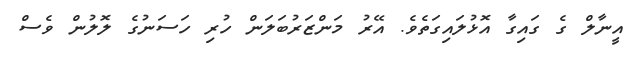
އީނާލް ގެ ގައިގާ އޮޅުލައިގަތެވެ. އޭރު މަންޒަރުބަލަން ހުރި ހަސަނުގެ ލޮލުން ވެސް